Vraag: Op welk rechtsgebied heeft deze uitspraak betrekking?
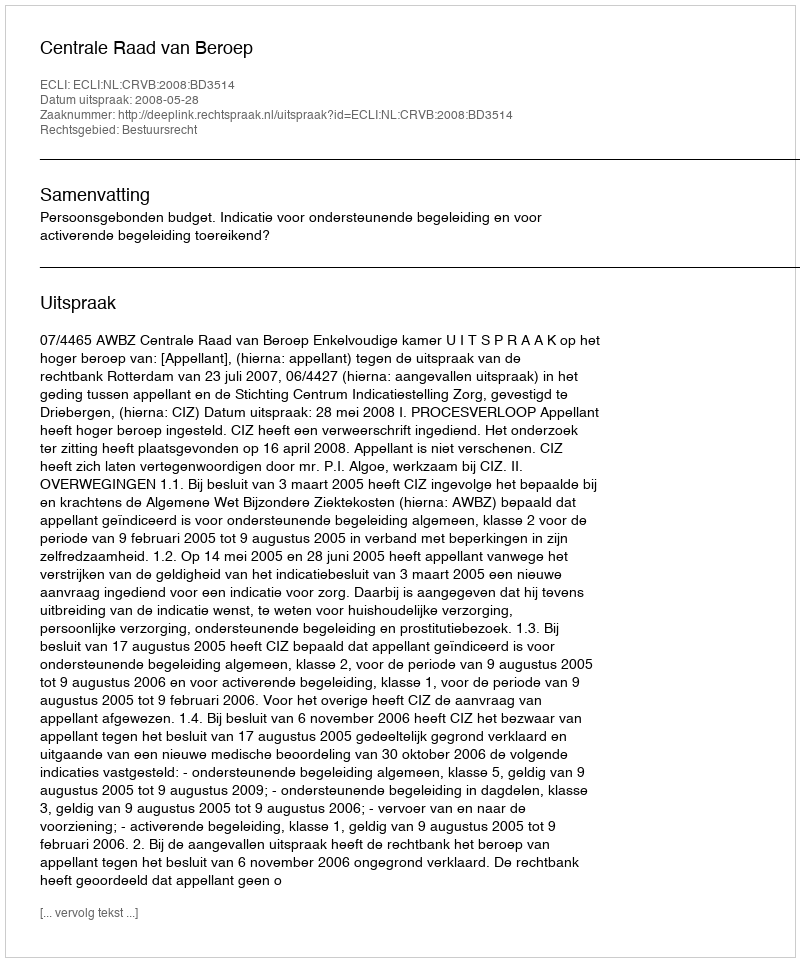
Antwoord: Bestuursrecht